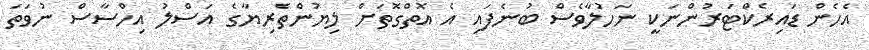
އެހެން ޑައިރެކްޓަރުންނަކީ ނަހުލާވެސް ބުނެފައި އެ އޮތްގޮތަށް ލިޔުންތެރިޔާގެ އަސްލު އިހްސާސް ނުވަތަ